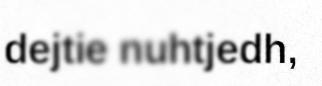
dejtie nuhtjedh,